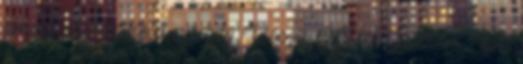
amugy is kicsike a nyugdij. Vissza ON-ba: Gyomor. Nem